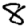
Digit: 8